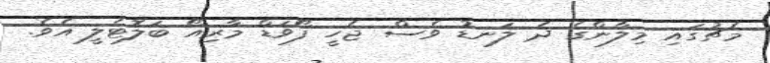
މެޗުގައި މިލާންގެ ދެ ލަނޑު ވެސް ޖެހީ ފޯވަޑް މާރިއޯ ބަލޮޓެލީ އެވެ.